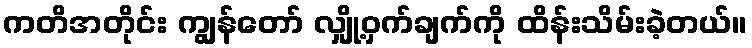
ကတိအတိုင်း ကျွန်တော် လျှို့ဝှက်ချက်ကို ထိန်းသိမ်းခဲ့တယ်။